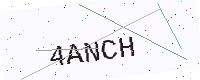
Text: 4ANCH